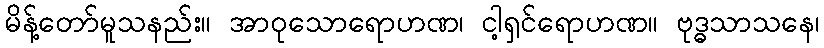
မိန့်တော်မူသနည်း။ အာဝုသောရောဟဏ၊ ငါ့ရှင်ရောဟဏ။ ဗုဒ္ဓသာသနေ၊